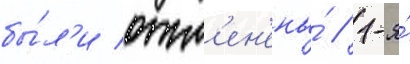
бы́л'и отм'ен'ены́ // 1-я́